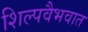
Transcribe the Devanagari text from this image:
शिल्पवैभवात